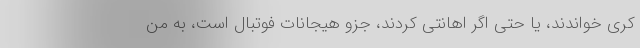
کری خواندند، یا حتی اگر اهانتی کردند، جزو هیجانات فوتبال است، به من